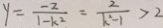
y = \frac { - 2 } { 1 - k ^ { 2 } } = \frac { 2 } { k ^ { 2 } - 1 } > 2